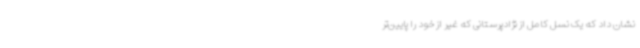
نشان داد که یک نسل کامل از نژادپرستانی که غیر از خود را پایین‌تر